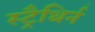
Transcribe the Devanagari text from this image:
स्ट्रैथिर्न